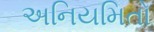
અનિયમિતો